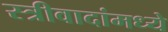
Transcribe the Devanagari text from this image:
स्त्रीवादांमध्ये